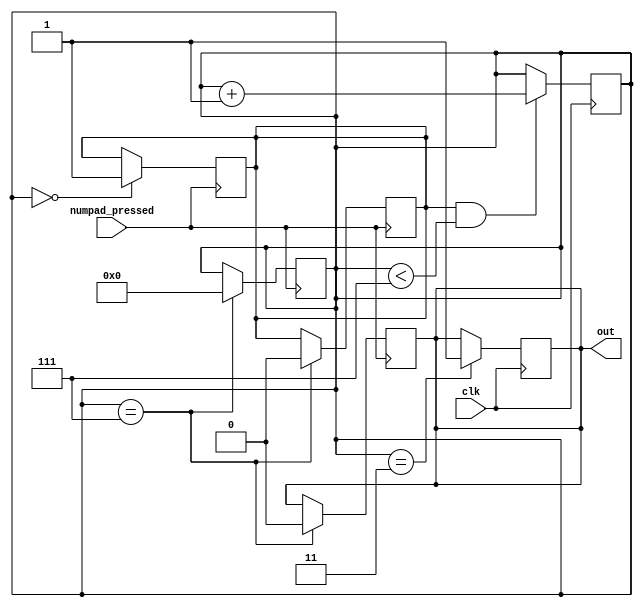
module counter0_7 (
    input wire clk,
    input wire numpad_pressed,
    output reg out
);

reg [3:0]count; // Maintains the current count
reg is_counting = 0; // Maintains the state of the counter

initial begin // Defines initial values
    out <= 0;
    count <= 0;
end

always @(posedge numpad_pressed) begin // When numpad is pressed, starts the counter.
    if (count == 3'd0) begin
        is_counting = 1;
    end
end

always @(negedge numpad_pressed) begin // When numpad is released, stops the counter if count is at 7.
    if (count == 3'd7) begin
        is_counting = 0;
        count = 3'd0;
        out = 0;
    end
end

always @(posedge clk) begin // Counts up if the counter is active.
    if (is_counting && count < 3'd7) begin
        count <= count + 1;
    end

    if (count == 3'd3) begin
        out <= 1;
    end
end


endmodule